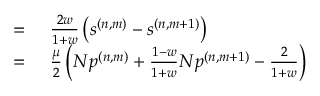
\begin{array} { r l } { = } & { { } ~ \frac { 2 w } { 1 + w } \left( s ^ { ( n , m ) } - s ^ { ( n , m + 1 ) } \right) } \\ { = } & { { } ~ \frac { \mu } { 2 } \left( N p ^ { ( n , m ) } + \frac { 1 - w } { 1 + w } N p ^ { ( n , m + 1 ) } - \frac { 2 } { 1 + w } \right) } \end{array}